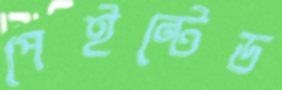
পেইন্টেড